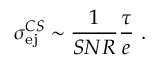
\sigma _ { \mathrm { e j } } ^ { C S } \sim \frac { 1 } { S N R } \frac { \tau } { e } ~ .